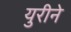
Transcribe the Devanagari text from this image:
युरीने